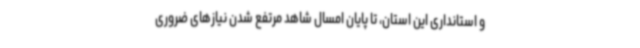
و استانداری این استان، تا پایان امسال شاهد مرتفع شدن نیازهای ضروری